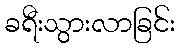
ခရီးသွားလာခြင်း